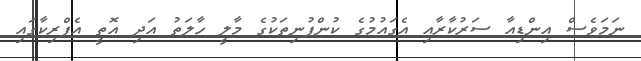
ނަމަވެސް އިންޑިއާ ސަރުކާރާއި އެގައުމުގެ ކުންފުނިތަކުގެ މާލީ ހާލަތު އަދި އޮތީ އެފްރިކާގައި